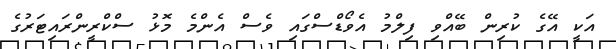
އަކީ އޭގެ ކުރިން ބޭއްވި ފިލްމު އެވޯޑްސްގައި ވެސް އެންމެ މޮޅު ސްކްރީންރައިޓަރުގެ